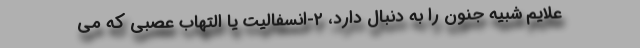
علایم شبیه جنون را به دنبال دارد، ۲-انسفالیت یا التهاب عصبی که می